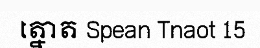
ត្នោត Spean Tnaot 15